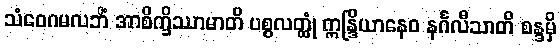
သံဝေဂမလဘိံ အာစိက္ခိဿာမာတိ ပစ္စလတ္ထုံ ဣန္ဒြိယာနေဝ နင်္ဂလီသာတိ စန္ဒမှိ